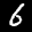
Label: 6